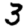
Digit: 3